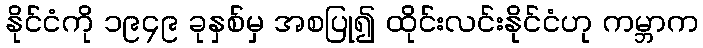
နိုင်ငံကို ၁၉၄၉ ခုနှစ်မှ အစပြု၍ ထိုင်းလင်းနိုင်ငံဟု ကမ္ဘာက